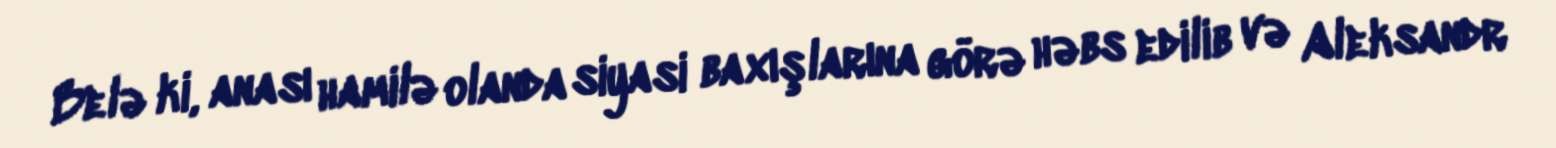
Belə ki, anası hamilə olanda siyasi baxışlarına görə həbs edilib və Aleksandr